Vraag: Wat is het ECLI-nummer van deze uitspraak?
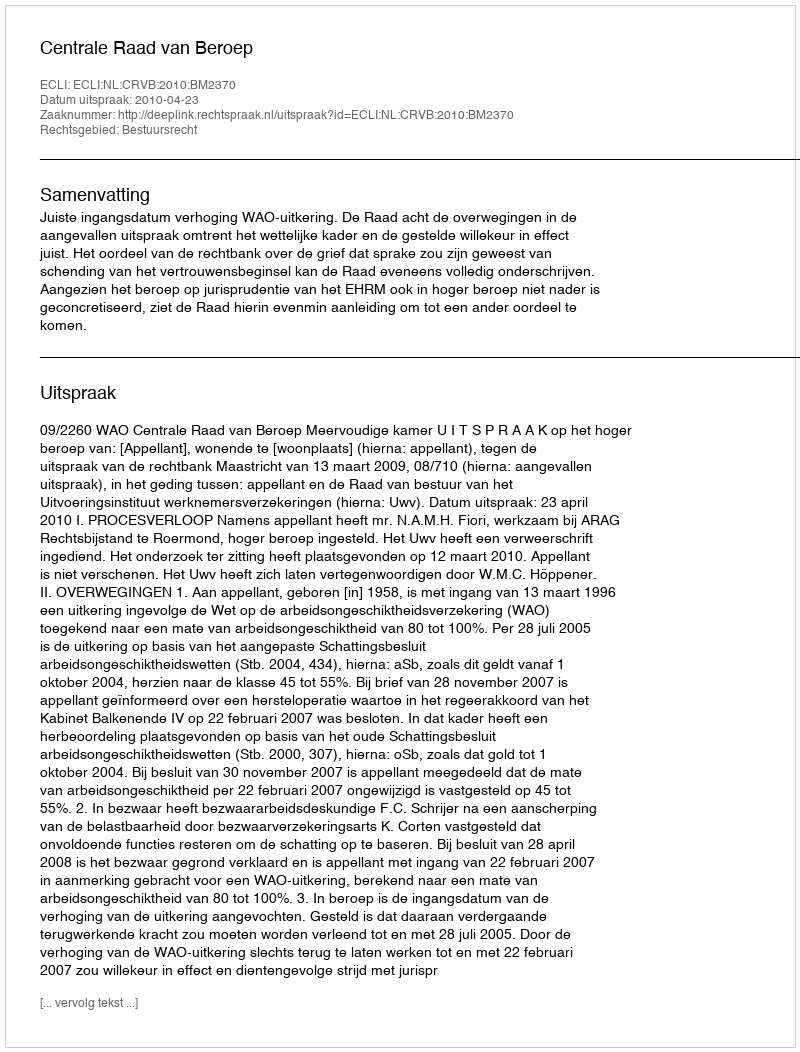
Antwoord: ECLI:NL:CRVB:2010:BM2370